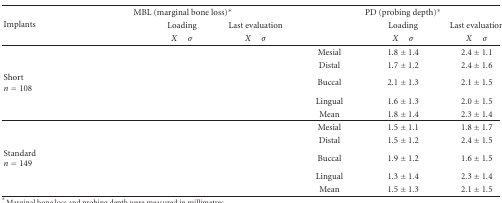
<table><thead><tr><td rowspan="3"><b>Implants</b></td><td colspan="3"><b>MBL (marginal bone loss)<sup>∗</sup></b></td><td colspan="3"><b>PD (probing depth)<sup>∗</sup></b></td></tr><tr><td>[EMPTY_CELL]</td><td><b>Loading</b></td><td><b>Last evaluation</b></td><td>[EMPTY_CELL]</td><td><b>Loading</b></td><td><b>Last evaluation</b></td></tr><tr><td>[EMPTY_CELL]</td><td><b><i>X</i> <i>σ</i></b></td><td><b><i>X</i> <i>σ</i></b></td><td>[EMPTY_CELL]</td><td><b><i>X</i> <i>σ</i></b></td><td><b><i>X</i> <i>σ</i></b></td></tr></thead><tbody><tr><td>[EMPTY_CELL]</td><td>[EMPTY_CELL]</td><td>[EMPTY_CELL]</td><td>[EMPTY_CELL]</td><td>Mesial</td><td>1.8 ± 1.4</td><td>2.4 ± 1.1</td></tr><tr><td>[EMPTY_CELL]</td><td>[EMPTY_CELL]</td><td>[EMPTY_CELL]</td><td>[EMPTY_CELL]</td><td>Distal</td><td>1.7 ± 1.2</td><td>2.4 ± 1.6</td></tr><tr><td>Short<i>n</i> = 108</td><td>[EMPTY_CELL]</td><td>[EMPTY_CELL]</td><td>[EMPTY_CELL]</td><td>Buccal</td><td>2.1 ± 1.3</td><td>2.1 ± 1.5</td></tr><tr><td>[EMPTY_CELL]</td><td>[EMPTY_CELL]</td><td>[EMPTY_CELL]</td><td>[EMPTY_CELL]</td><td>Lingual</td><td>1.6 ± 1.3</td><td>2.0 ± 1.5</td></tr><tr><td>[EMPTY_CELL]</td><td>[EMPTY_CELL]</td><td>[EMPTY_CELL]</td><td>[EMPTY_CELL]</td><td>Mean</td><td>1.8 ± 1.4</td><td>2.3 ± 1.4</td></tr><tr><td>[EMPTY_CELL]</td><td>[EMPTY_CELL]</td><td>[EMPTY_CELL]</td><td>[EMPTY_CELL]</td><td>Mesial</td><td>1.5 ± 1.1</td><td>1.8 ± 1.7</td></tr><tr><td>[EMPTY_CELL]</td><td>[EMPTY_CELL]</td><td>[EMPTY_CELL]</td><td>[EMPTY_CELL]</td><td> Distal</td><td>1.5 ± 1.2</td><td>2.4 ± 1.5</td></tr><tr><td>Standard <i>n</i> = 149</td><td>[EMPTY_CELL]</td><td>[EMPTY_CELL]</td><td>[EMPTY_CELL]</td><td>Buccal</td><td>1.9 ± 1.2</td><td>1.6 ± 1.5</td></tr><tr><td>[EMPTY_CELL]</td><td>[EMPTY_CELL]</td><td>[EMPTY_CELL]</td><td>[EMPTY_CELL]</td><td>Lingual</td><td>1.3 ± 1.4</td><td>2.3 ± 1.4</td></tr><tr><td>[EMPTY_CELL]</td><td>[EMPTY_CELL]</td><td>[EMPTY_CELL]</td><td>[EMPTY_CELL]</td><td>Mean</td><td>1.5 ± 1.3</td><td>2.1 ± 1.5</td></tr></tbody></table>